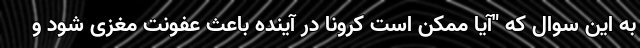
به این سوال که "آیا ممکن است کرونا در آینده باعث عفونت مغزی شود و